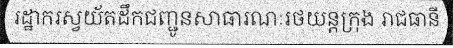
រដ្ឋាករស្វយ័តដឹកជញ្ជូនសាធារណៈរថយន្តក្រុង រាជធានី